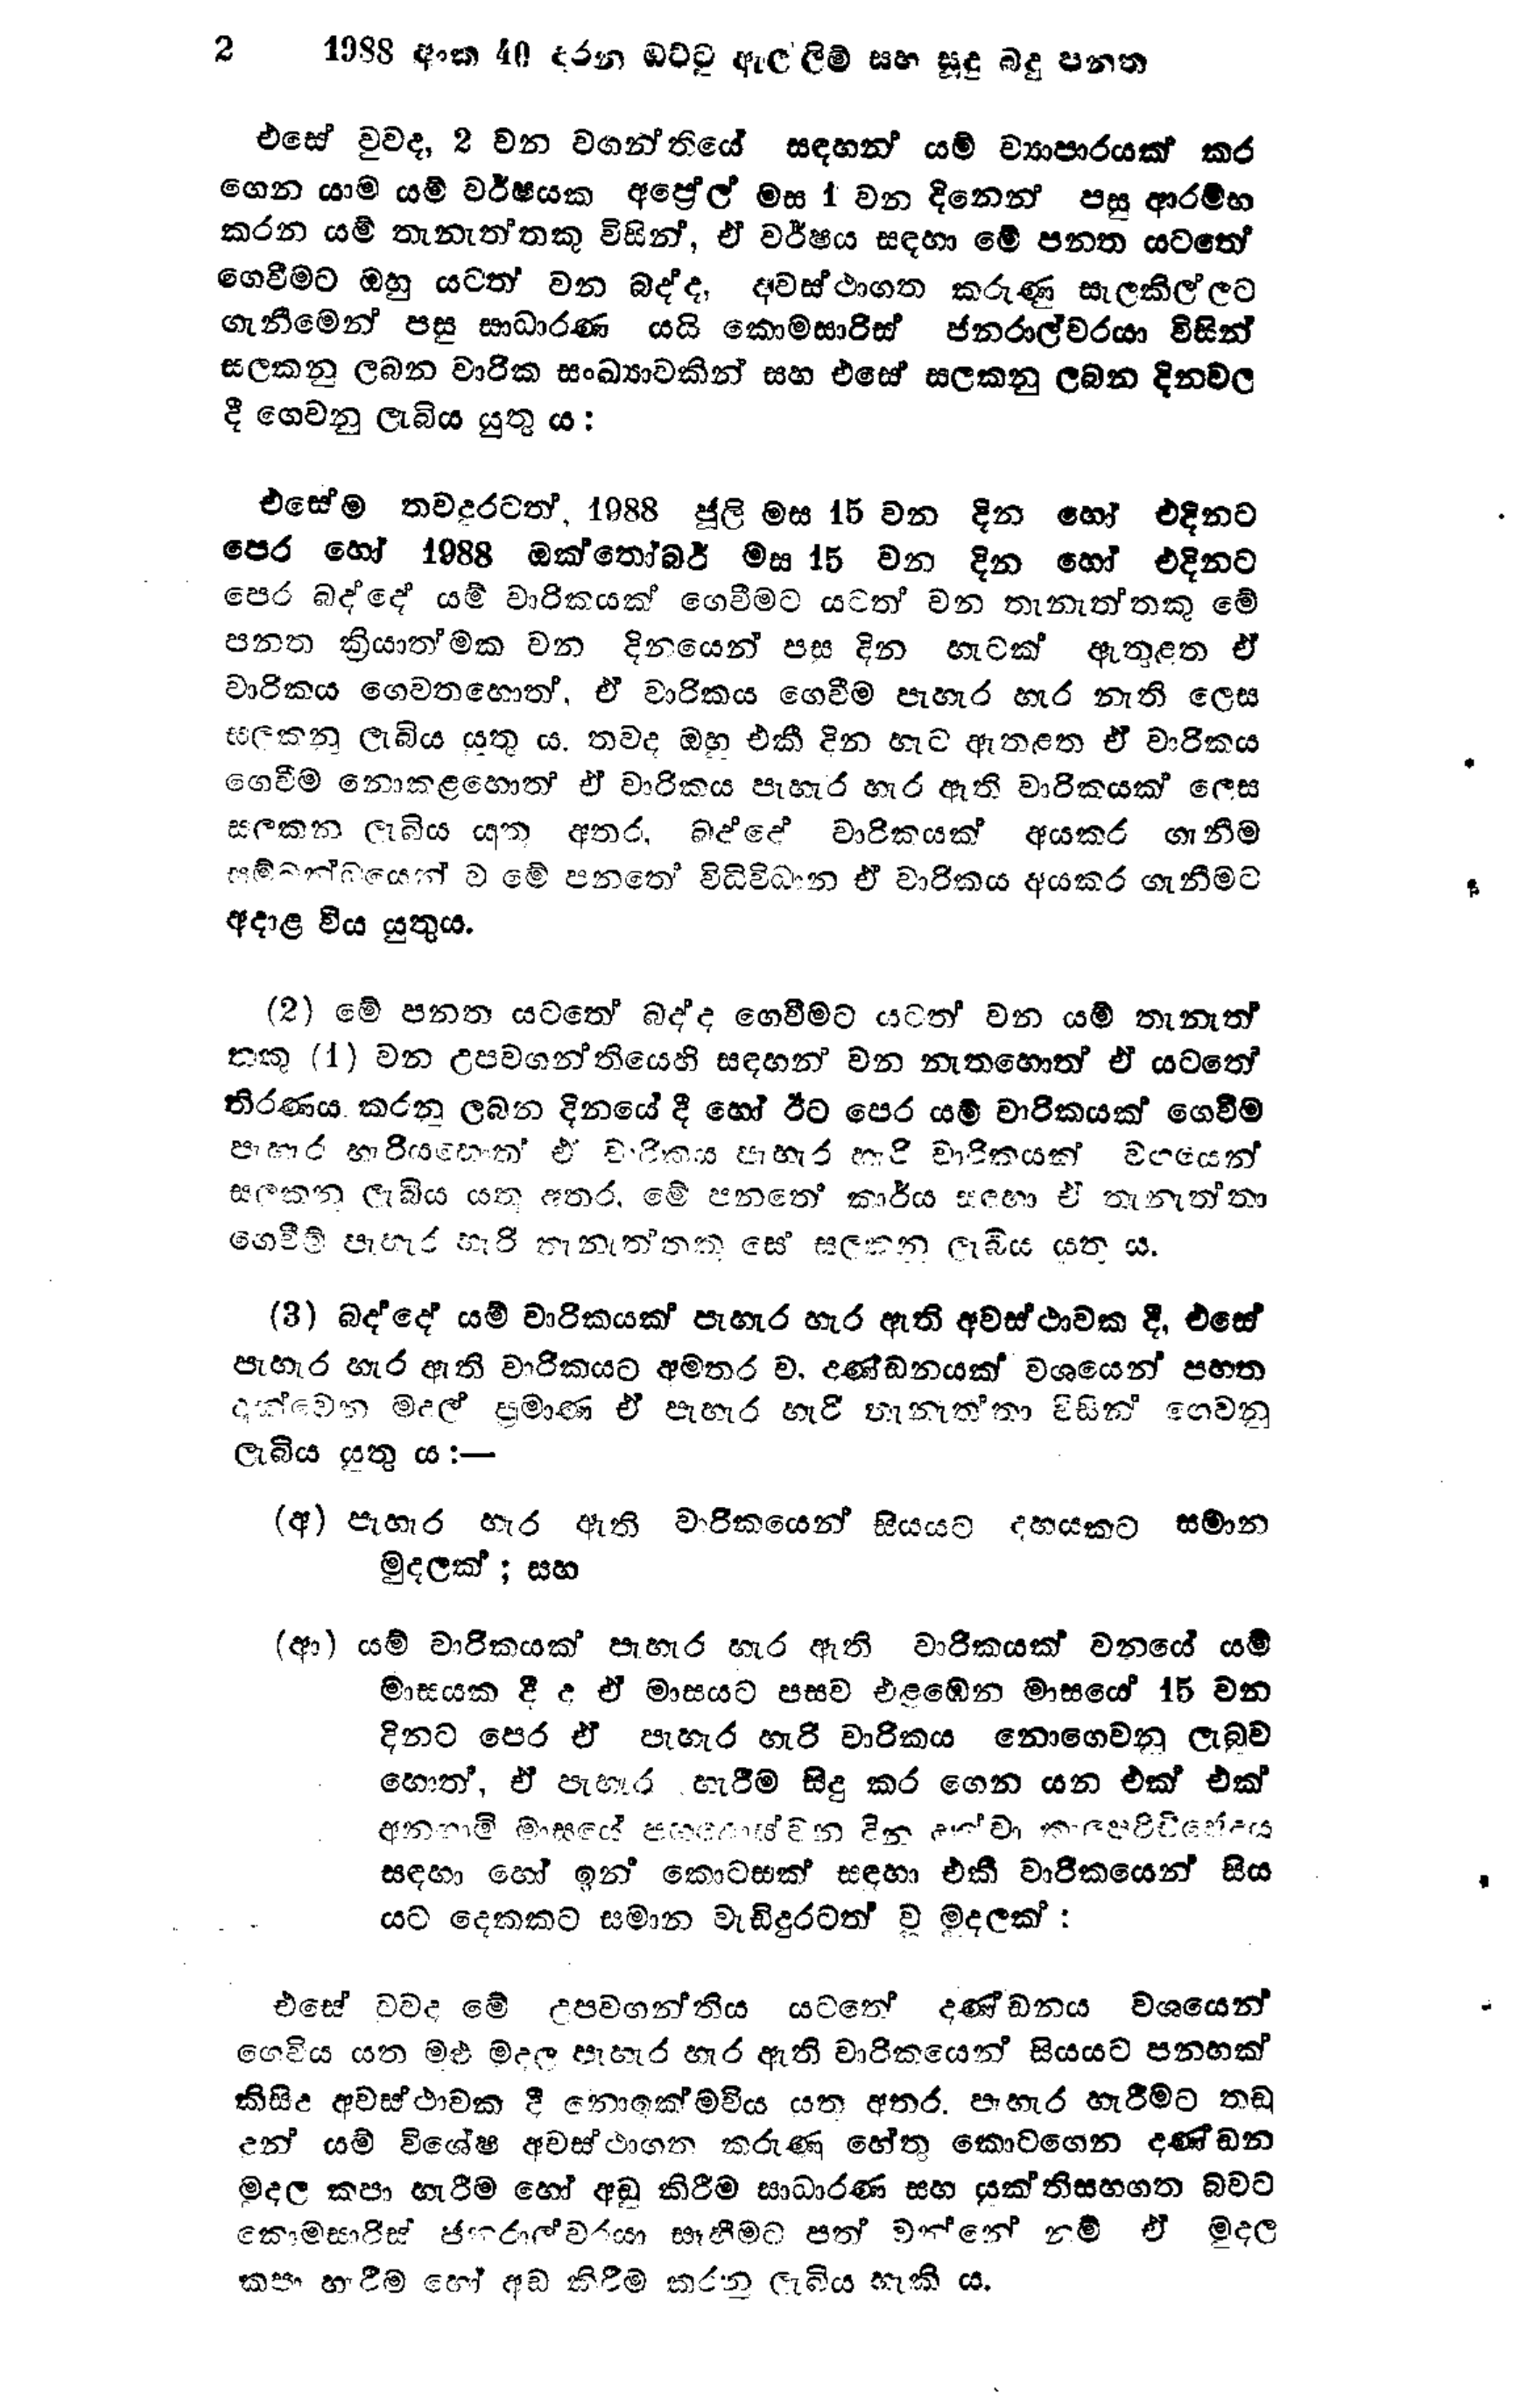
2 1988 අංක 40 දරන ඔට්ටු ඇල්ලිම් සහ සුදු බදු පනත

එසේ වුවද, 2 වන වගන්තියේ සඳහන් යම් ව්‍යාපාරයක් කර
ගෙන යාම යම් වර්ෂයක අප්‍රේල් මස 1 වන දිනෙන් පසු ආරම්භ
කරන යම් තැනැත්තකු විසින්, ඒ වර්ෂය සඳහා මේ පනත යටතේ
ගෙවීමට ඔහු යටත් වන බද්ද, අවස්ථාගත කරුණු සැලකිල්ලට
ගැනීමෙන් පසු සාධාරණ යයි කොමසාරිස් ජනරාල්වරයා විසින්
සලකනු ලබන වාරික සංඛ්‍යාවකින් සහ එසේ සලකනු ලබන දිනවල
දී ගෙවනු ලැබිය යුතු ය:

එසේම තවදුරටත්, 1988 ජූලි මස 15 වන දින හෝ එදිනට
පෙර හෝ 1988 ඔක්තෝබර් මස 15 වන දින හෝ එදිනට
පෙර බද්දේ යම් වාරිකයක් ගෙවීමට යටත් වන තැනැත්තකු මේ
පනත ක්‍රියාත්මක වන දිනයෙන් පසු දින හැටක් ඇතුළත ඒ
වාරිකය ගෙවතහොත්, ඒ වාරිකය ගෙවීම පැහැර හැර නැති ලෙස
සලකනු ලැබිය යුතු ය. තවද ඔහු එකී දින හැට ඇතළත ඒ වාරිකය
ගෙවීම නොකළහොත් ඒ වාරිකය පැහැර හැර ඇති වාරිකයක් ලෙස
සලකනු ලැබිය යුතු අතර, බද්දේ වාරිකයක් අයකර ගැනීම
සම්බන්ධයෙන් ව මේ පනතේ විධිවිධාන ඒ වාරිකය අයකර ගැනීමට
අදාළ විය යුතුය.

(2) මේ පනත යටතේ බද්ද ගෙවීමට යටත් වන යම් තැනැත්
තකු (1) වන උපවගන්තියෙහි සඳහන් වන නැතහොත් ඒ යටතේ
තිරණය කරනු ලබන දිනයේ දී හෝ ඊට පෙර යම් වාරිකයක් ගෙවීම
පාහාර හැරියහොත් ඒ වාරිකය පැහැර දී වාරිකයක් වශයෙන්
සලකනු ලැබිය යතු අතර, මේ පනතේ කාර්ය සඳහා ඒ තැනැත්තා
ගෙවීම් පැහැර හැරි තැනැත්තක සේ සලකනු ලැබිය යුතු ය.

(3) බදද්දේ යම් වාරිකයක් පැහැර හැර ඇති අවස්ථාවක දී, එසේ
පැහැර හැර ඇති වාරිකයට අමතර ව, දණ්ඩනයක් වශයෙන් පහත
දැක්වෙන මුදුල් ප්‍රමාණ ඒ පැහැර හැරි තැනැත්තා විසින් ගෙවනු
ලැබිය යුතු ය:—

(අ) පැහැර හැර ඇති වාරිකයෙන් සියයට දහයකට සමාන
මුදලක්; සහ

(ආ) යම් වාරිකයක් පැහැර හැර ඇති වාරිකයක් වනයේ යම්
මාසයක දී ද ඒ මාසයට පසව එළඹෙන මාසයේ 15 වන
දිනට පෙර ඒ පැහැර හැරි වාරිකය නොගෙවනු ලැබුව
හොත්, ඒ පැහැර හැරීම සිදු කර ගෙන යන එක් එක්
අනාගාමි මාසයේ පහළොස්වන දින දක්වා කාලපරිච්ඡේදයේ
සඳහා හෝ ඉන් කොටසක් සඳහා එකී වාරිකයෙන් සිය
යට දෙකකට සමාන වැඩි දුරටත් වූ මූදලක්:

එසේ වුවද මේ උපවගන්තිය යටතේ දණ්ඩනය වශයෙන්
ගෙවිය යන මුළු මුදල පැහැර හැර ඇති වාරිකයෙන් සියයට පනහක්
කිසිදු අවස්ථාවක දී නොඉක්මවිය යුතු අතර පැහැර හැරීමට තඩු
දුන් යම් විශේෂ අවස්ථාගත කරුණු හේතු කොටගෙන දණ්ඩන
මුදල කපා හැරීම හෝ අඩු කිරීම සාධාරණ සහ යුක්තිසහගත බවට
කොමසාරිස් ජනරාල්වරයා සෑහීමට පත් වන්නේ නම් ඒ මුදල
කපා හැරීම හෝ අඩු කිරීම කරනු ලැබිය හැකි ය.